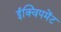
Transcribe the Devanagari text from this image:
ईक्विपमेंट